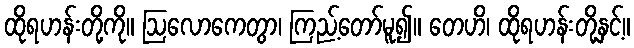
ထိုရဟန်းတို့ကို။ ဩလောကေတွာ၊ ကြည့်တော်မူ၍။ တေဟိ၊ ထိုရဟန်းတို့နှင့်။